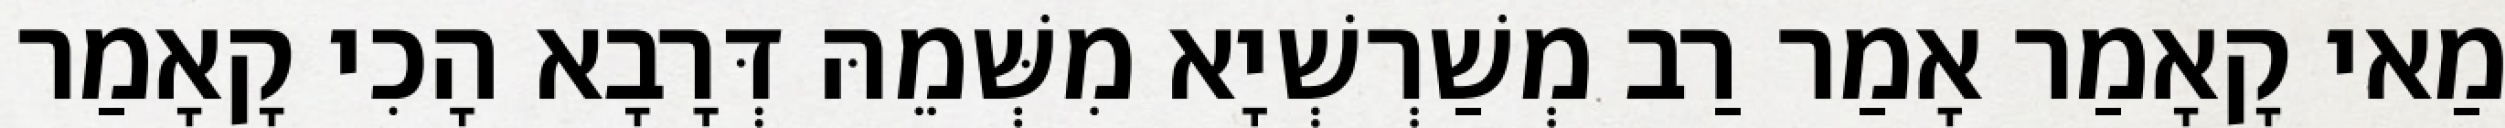
מַאי קָאָמַר אָמַר רַב מְשַׁרְשְׁיָא מִשְּׁמֵהּ דְּרָבָא הָכִי קָאָמַר